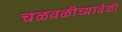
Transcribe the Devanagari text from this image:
चळवळीच्यावेळी